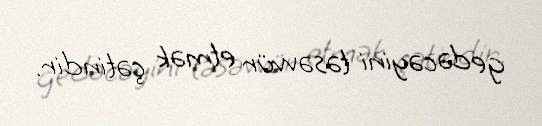
gedəcəyini təsəvvür etmək çətindir.